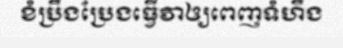
ខំប្រឹងប្រែងធ្វើវាឲ្យពេញទំហឹង